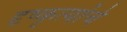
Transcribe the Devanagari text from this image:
दृष्कृत्यांचे